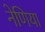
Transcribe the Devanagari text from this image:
नेणिया